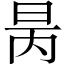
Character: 昺